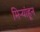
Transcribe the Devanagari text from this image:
मिऱ्यांहून